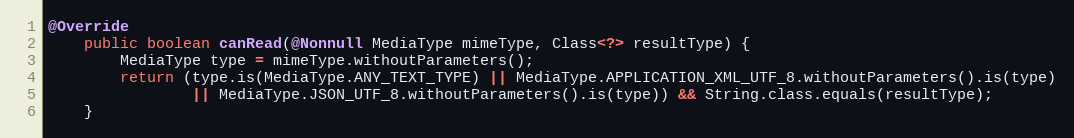
Language: Java
@Override
    public boolean canRead(@Nonnull MediaType mimeType, Class<?> resultType) {
        MediaType type = mimeType.withoutParameters();
        return (type.is(MediaType.ANY_TEXT_TYPE) || MediaType.APPLICATION_XML_UTF_8.withoutParameters().is(type)
                || MediaType.JSON_UTF_8.withoutParameters().is(type)) && String.class.equals(resultType);
    }